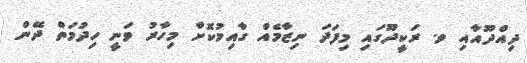
ދިއްދޫއާއި ވ. ރަކީދޫގައި މިފަދަ ނިޒާމެއް ގާއިމުކޮށް މިހާރު ވަނީ ހިދުމަތް ދޭން